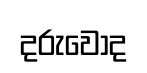
දරුවොද